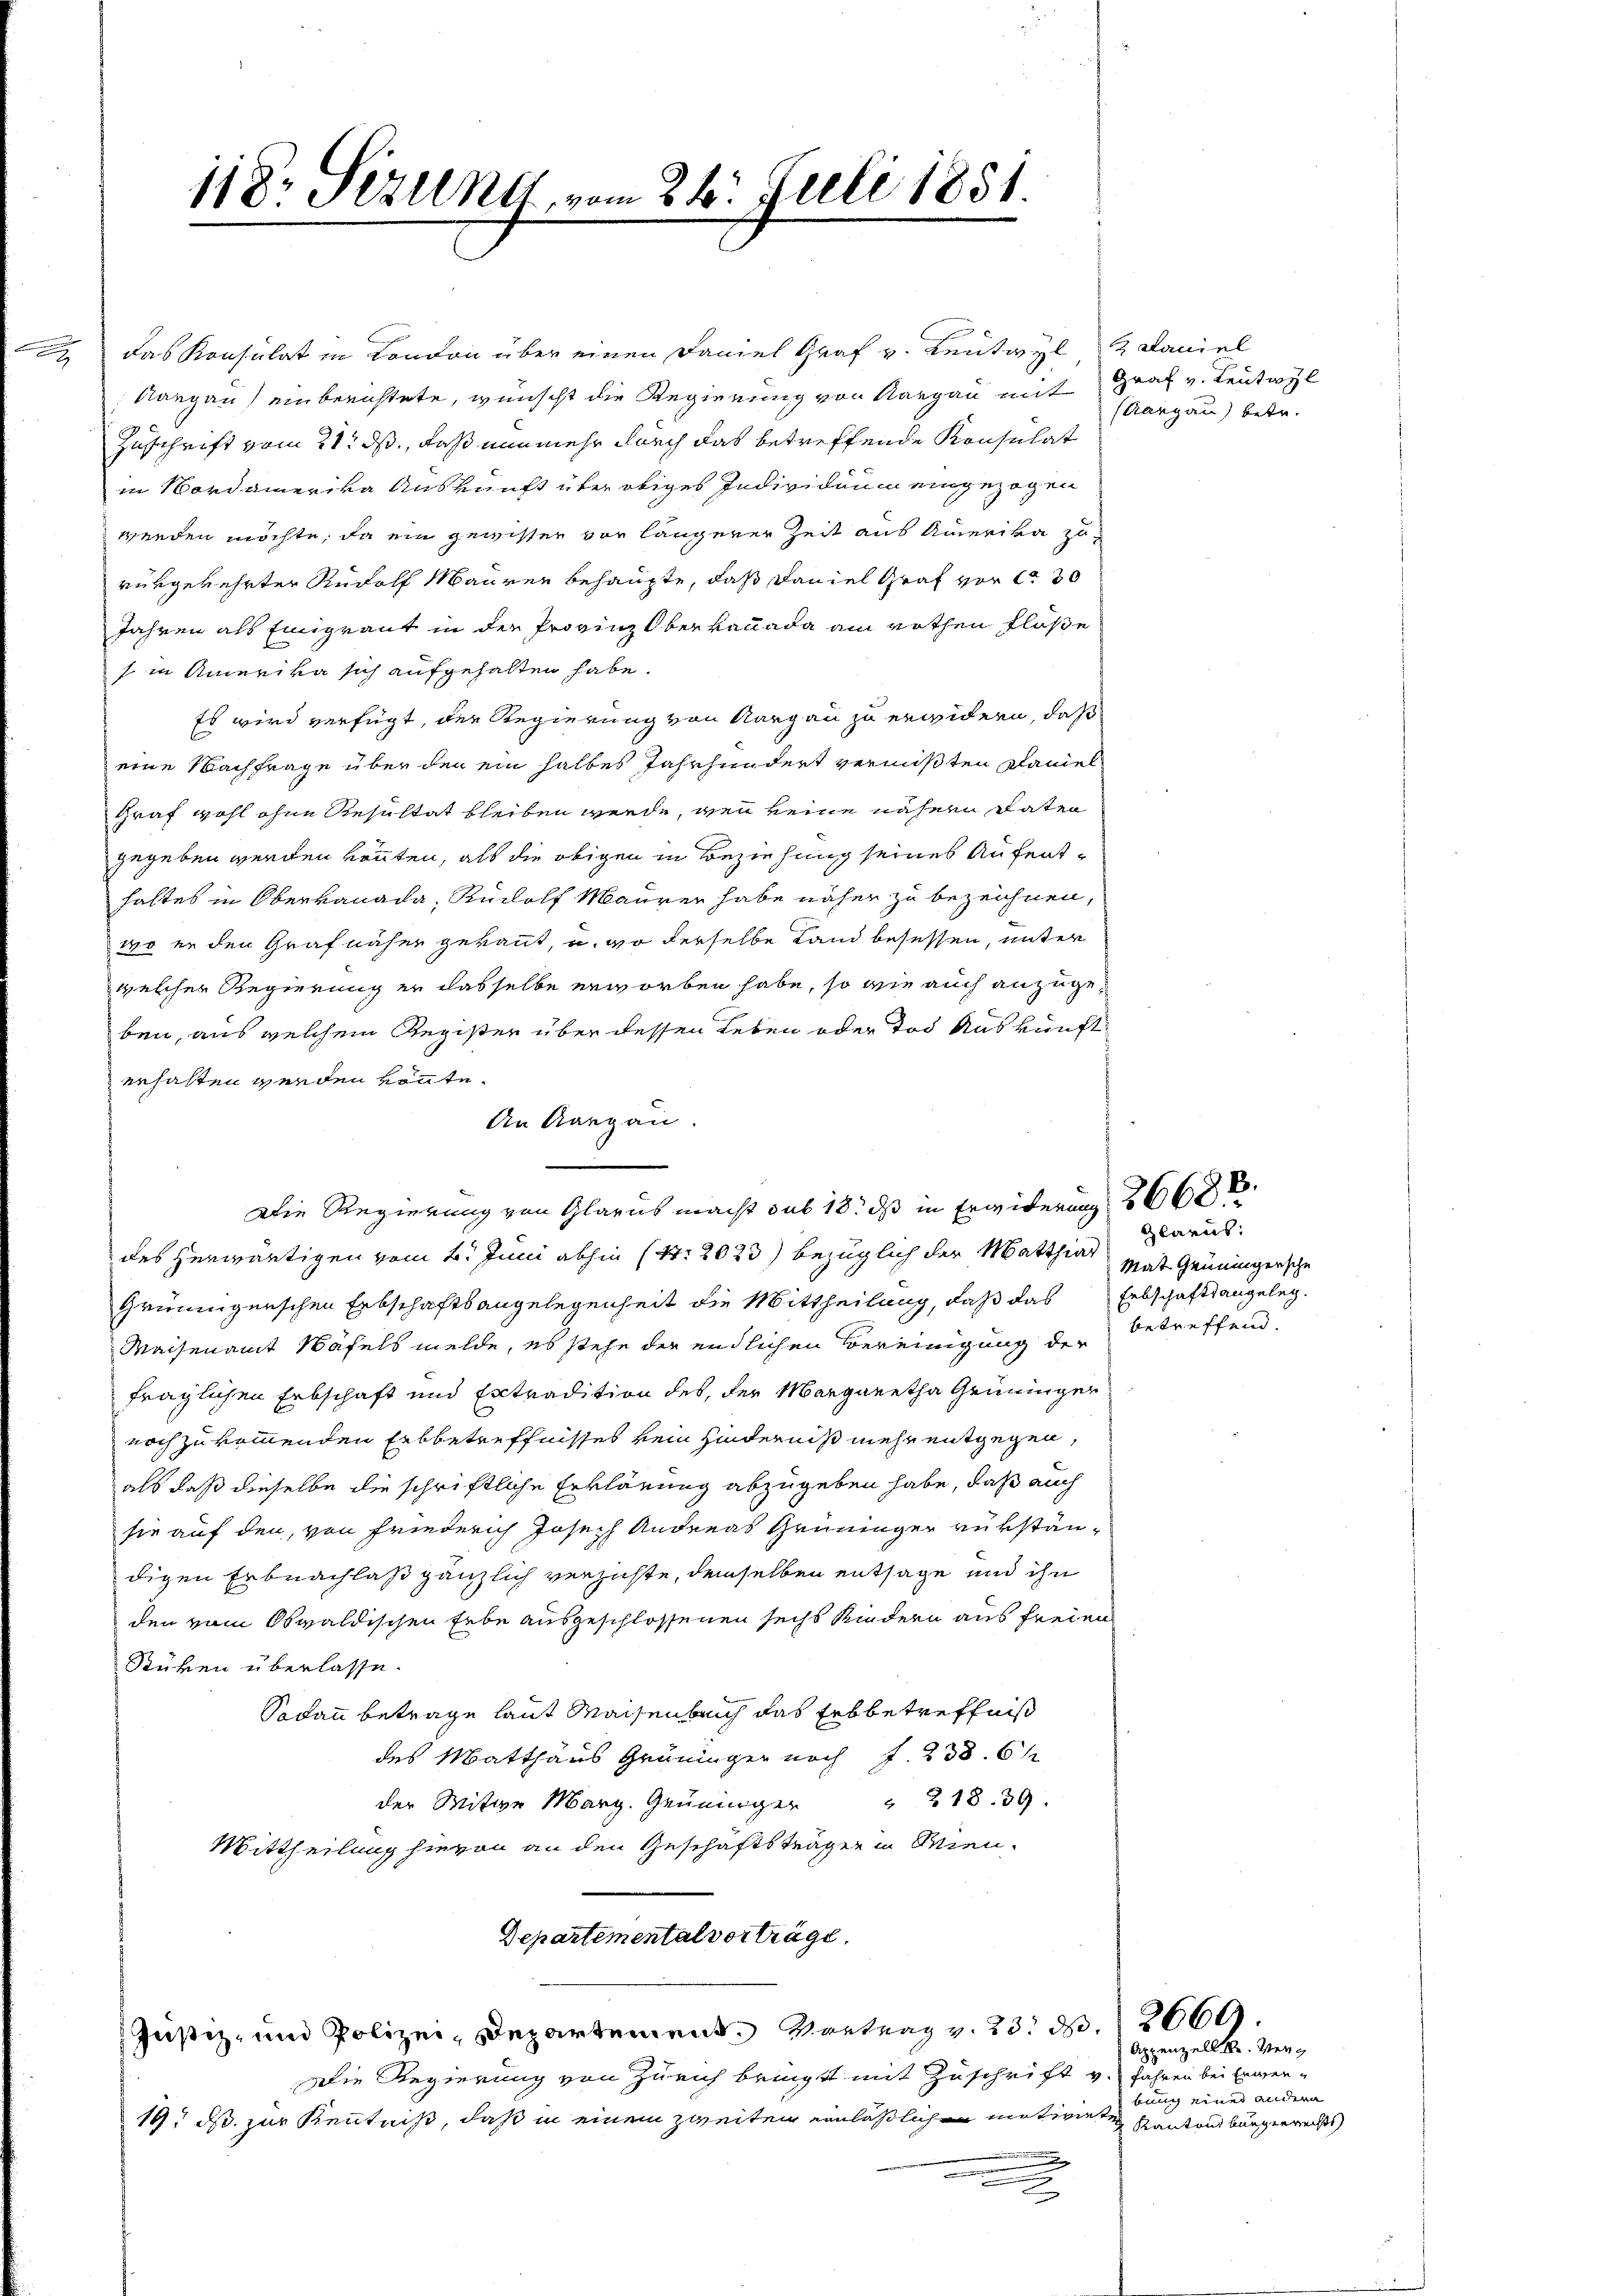
118. Sizung, vom 26. Juli 1851.

das Konsulat in London über einen Daniel Graf v. Leutwyl Daniel
Aargau einberichtete, wünscht die Regierung von Aargau mit Graf v. Leutayl
Zuschrift vom 21. ds., daß nunmehr durch das betreffende Konsulat
in Nordamerika Auskunft über obiges Individuum eingezogen
wenden möchte, da ein gewissen von längerer Zeit aus Amerika zurükgekehrter Rudolf Mauren behaupte, daß Faniel Graf vor 130
Jahren als Eingraut in der Provinz Oberkanada am rothen Flüße
s in Amerika sich aufgehalten habe.
Es wird verfügt, der Regierung von Aargau zu erwidern, daß
eine Nachfrage über den ein halbes Jahrhundert vermißten Planiel
Graf wohl ohne Resultat bleiben werde, wenn keine nähern Daten
gegeben werden könnten, als die obigen in Beziehung seines Aufenthaltes in Obervanada, Rudolf Mauren habe näher zu bezeichnen,
wo er den Graf näher gekannt, u. wo derselbe Land besessen, unter
welcher Regierung er dasselbe erworben habe, so wie auch anzugeben, aus welchem Register über dessen Leben oder Tod Auskunft
erhalten werden könte.
An Aargau.
Die Regierung von Glarus macht das 13. ds in Erwiderung
des herwärtigen vom 2. Juni abhin (S. 2023) bezüglich der Matthias
Grüningerschen Erbschaftsangelegenheit die Mittheilung, daß das Erbschaftsangeleg¬
Waisenamt Näfels melde, es stehe der endlichen Vereinigung der
fraglichen Erbschaft und Extradition des, der Margaretha Grüninger
noch zu kommenden Erbbetreffnisses kein Hinderniß mehr entgegen,
als daß dieselbe die schriftliche Erklärung abzugeben habe, daß auch
sie auf den, von Friederich Joseph Andreas Grüninger verständigen Erbnachlaß gänzlich verzichte, demselben entsage und ihn
den vom Obwaldischen Erbe ausgeschlossenen sechs Kindern aus freien
Rüken überlasse.
Sodann betrage laut Maisenberich das Erbbetreffniß
des Matthaus Grüninger noch f. 238. 61
der Witwe Marg. Grüninger " 218. 39
Mittheilung hievon an den Geschäftsträger in Wien-
Departemental vorträge.
Justiz- und Polizei, Departement. Vortrag v. 23. d. 2669.
Die Regierung von Zürich bringt mit Zuschrift v. Jahren bei Erwer¬
19. ds. zur Kenntniß, daß in einem zweiten einläßlichen motivirte Kantonsbürgerrechts
n
x

Rargau) betr.

Glarus:
Mat Geneingersche
betreffend.

Appenzell A. Verbung eines andern